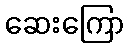
ဆေးကြော